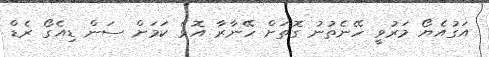
އަގުއެޔޯ މަރުވީ ހޭނެތުނު ގޮތަށް ހޭނާރާ އޮވެ ކަމަށް ސަން ޑިއެގޯ ރެޑް